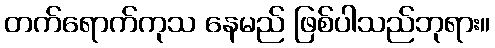
တက်ရောက်ကုသ နေမည် ဖြစ်ပါသည်ဘုရား။